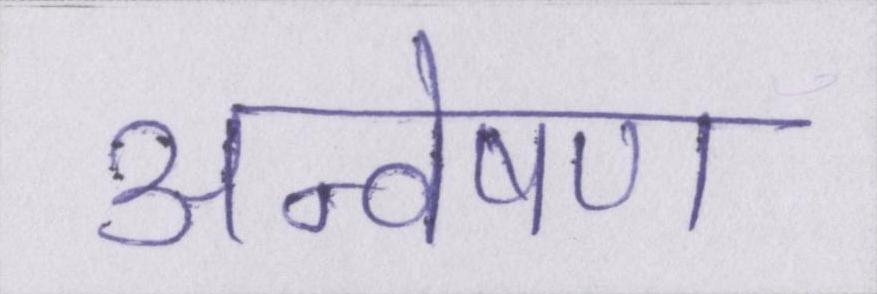
अन्वेषण